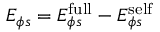
E _ { \phi s } = E _ { \phi s } ^ { \mathrm { f u l l } } - E _ { \phi s } ^ { \mathrm { s e l f } }